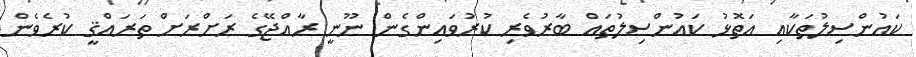
ކައުންސިލުތަކާއި އަތޮޅު ކައުންސިލުތައް ބާރުވެރި ކުރުވައިންގެން ނޫނީ ރާއްޖޭގެ ރަށްރަށް ތަރައްޤީ ކުރެވެން